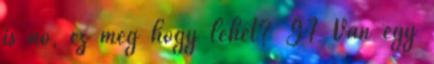
is nő, ez meg hogy lehet? G7 Van egy